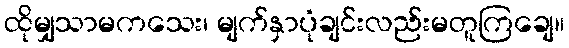
ထိုမျှသာမကသေး၊ မျက်နှာပုံချင်းလည်းမတူကြချေ။